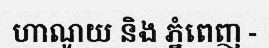
ហាណូយ និង ភ្នំពេញ -